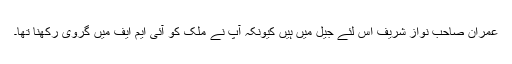
عمران صاحب نواز شریف اِس لئے جیل میں ہیں کیونکہ آپ نے ملک کو آئی ایم ایف میں گروی رکھنا تھا۔